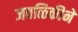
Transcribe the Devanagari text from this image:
जवळिकीने